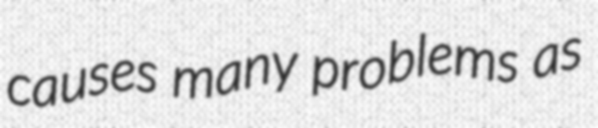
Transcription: causes many problems as